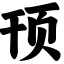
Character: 顸